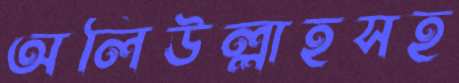
অলিউল্লাহসহ